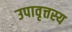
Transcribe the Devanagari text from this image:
उपावृत्तस्य